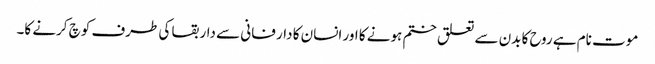
موت نام ہے روح کا بدن سے تعلق ختم ہونے کا اور انسان کا دار فانی سے دار بقا کی طرف کوچ کرنے کا۔